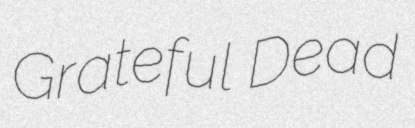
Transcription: Grateful Dead